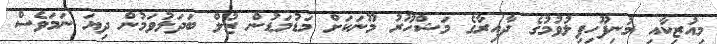
މިއުޒިކާއި މުނިފޫހިފިލުވުމުގެ ދާއިރާގެ މަޝްހޫރު މޫނަކަށް މަޑުމަޑުން ޒުލް ބަދަލުވަމުން ދިޔަ ނަމަވެސް